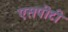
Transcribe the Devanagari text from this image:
एसपीटी